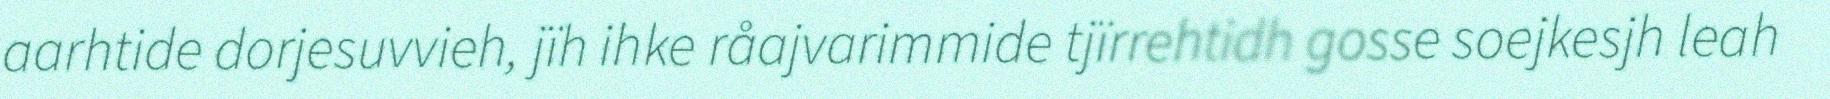
aarhtide dorjesuvvieh, jïh ihke råajvarimmide tjïrrehtidh gosse soejkesjh leah